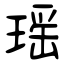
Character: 瑶